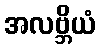
အလဗ္ဘိယံ